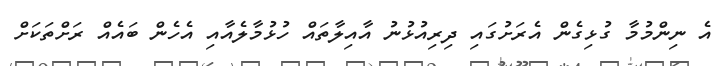
އެ ނިންމުމާ ގުޅިގެން އެރަށުގައި ދިރިއުޅުނު އާއިލާތައް ހުޅުމާލެއާއި އެހެން ބައެއް ރަށްތަކަށް